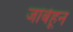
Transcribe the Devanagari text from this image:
जांबेहून